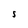
Character: S